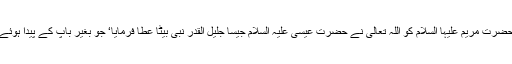
حضرت مریم علیہا السلام کو اللہ تعالیٰ نے حضرت عیسیٰ علیہ السلام جیسا جلیل القدر نبی بیٹا عطا فرمایا‘ جو بغیر باپ کے پیدا ہوئے۔